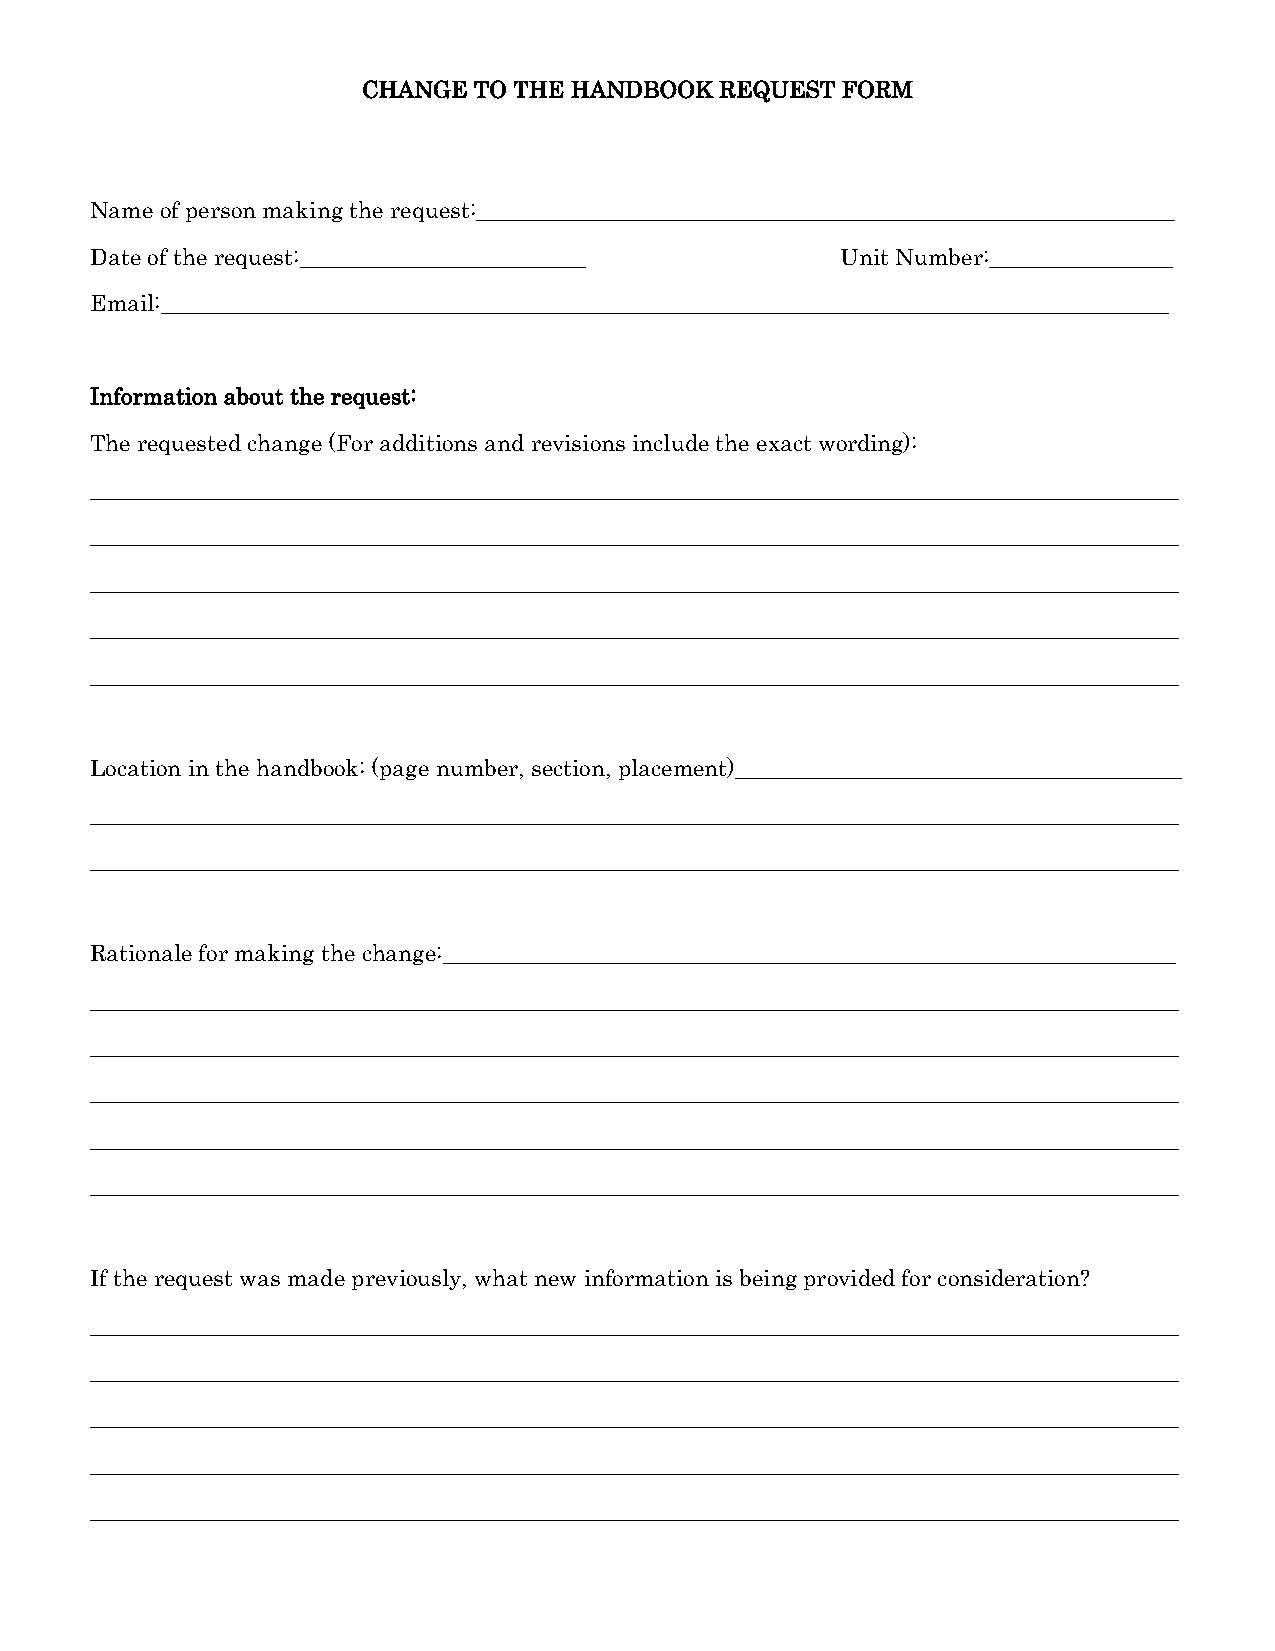
CHANGE TO THE HANDBOOK  REQUEST FORM
 Name of person making the request:_____________________________________________________________
 Date of the request:_________________________     Unit Number:________________
 Email:________________________________________________________________________________________
 Information about the request:
 The requested change (For additions and revisions include the exact wording):
 _______________________________________________________________________________________________
 _______________________________________________________________________________________________
 _______________________________________________________________________________________________
 _______________________________________________________________________________________________
 _______________________________________________________________________________________________
 Location in the handbook: (page number, section, placement)_______________________________________
 _______________________________________________________________________________________________
 _______________________________________________________________________________________________
 Rationale for making the change:________________________________________________________________
 _______________________________________________________________________________________________
 _______________________________________________________________________________________________
 _______________________________________________________________________________________________
 _______________________________________________________________________________________________
 _______________________________________________________________________________________________
 If the request was made previously, what new information is being provided for consideration?
 _______________________________________________________________________________________________
 _______________________________________________________________________________________________
 _______________________________________________________________________________________________
 _______________________________________________________________________________________________
 _______________________________________________________________________________________________